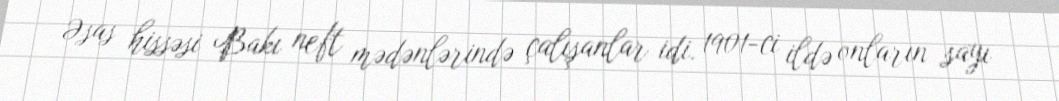
Əsas hissəsi Bakı neft mədənlərində çalışanlar idi. 1901-ci ildə onların sayı